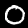
Digit: 0